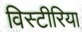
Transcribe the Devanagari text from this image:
विस्टीरिया